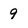
Character: 9